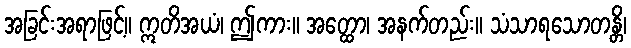
အခြင်းအရာဖြင့်။ ဣတိအယံ၊ ဤကား။ အတ္ထော၊ အနက်တည်း။ သံသာရသောတန္တိ၊